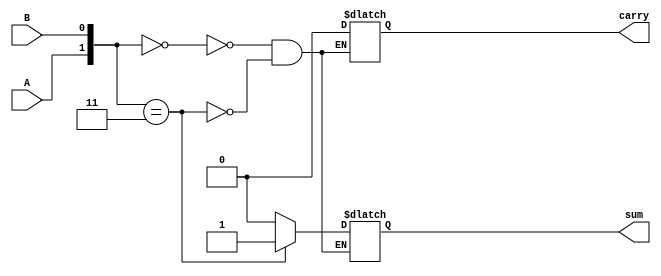
module exp_beh(sum, carry, A, B);
input A, B; output sum, carry;
reg sum, carry;
always @ (A or B)
begin
case ({A, B})
2'b000 : begin sum = 0; carry = 0; end
2'b011 : begin sum = 1; carry = 0; end
2'b100 : begin sum = 1; carry = 0; end
2'b111 : begin sum = 0; carry = 1; end
endcase
end
endmodule